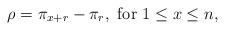
LaTeX: \begin{align*}\rho=\pi_{x+r}-\pi_r,\mbox{ for }1\le x \le n,\end{align*}